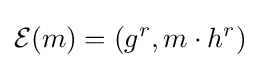
{\mathcal {E}}(m)=(g^{r},m\cdot h^{r})